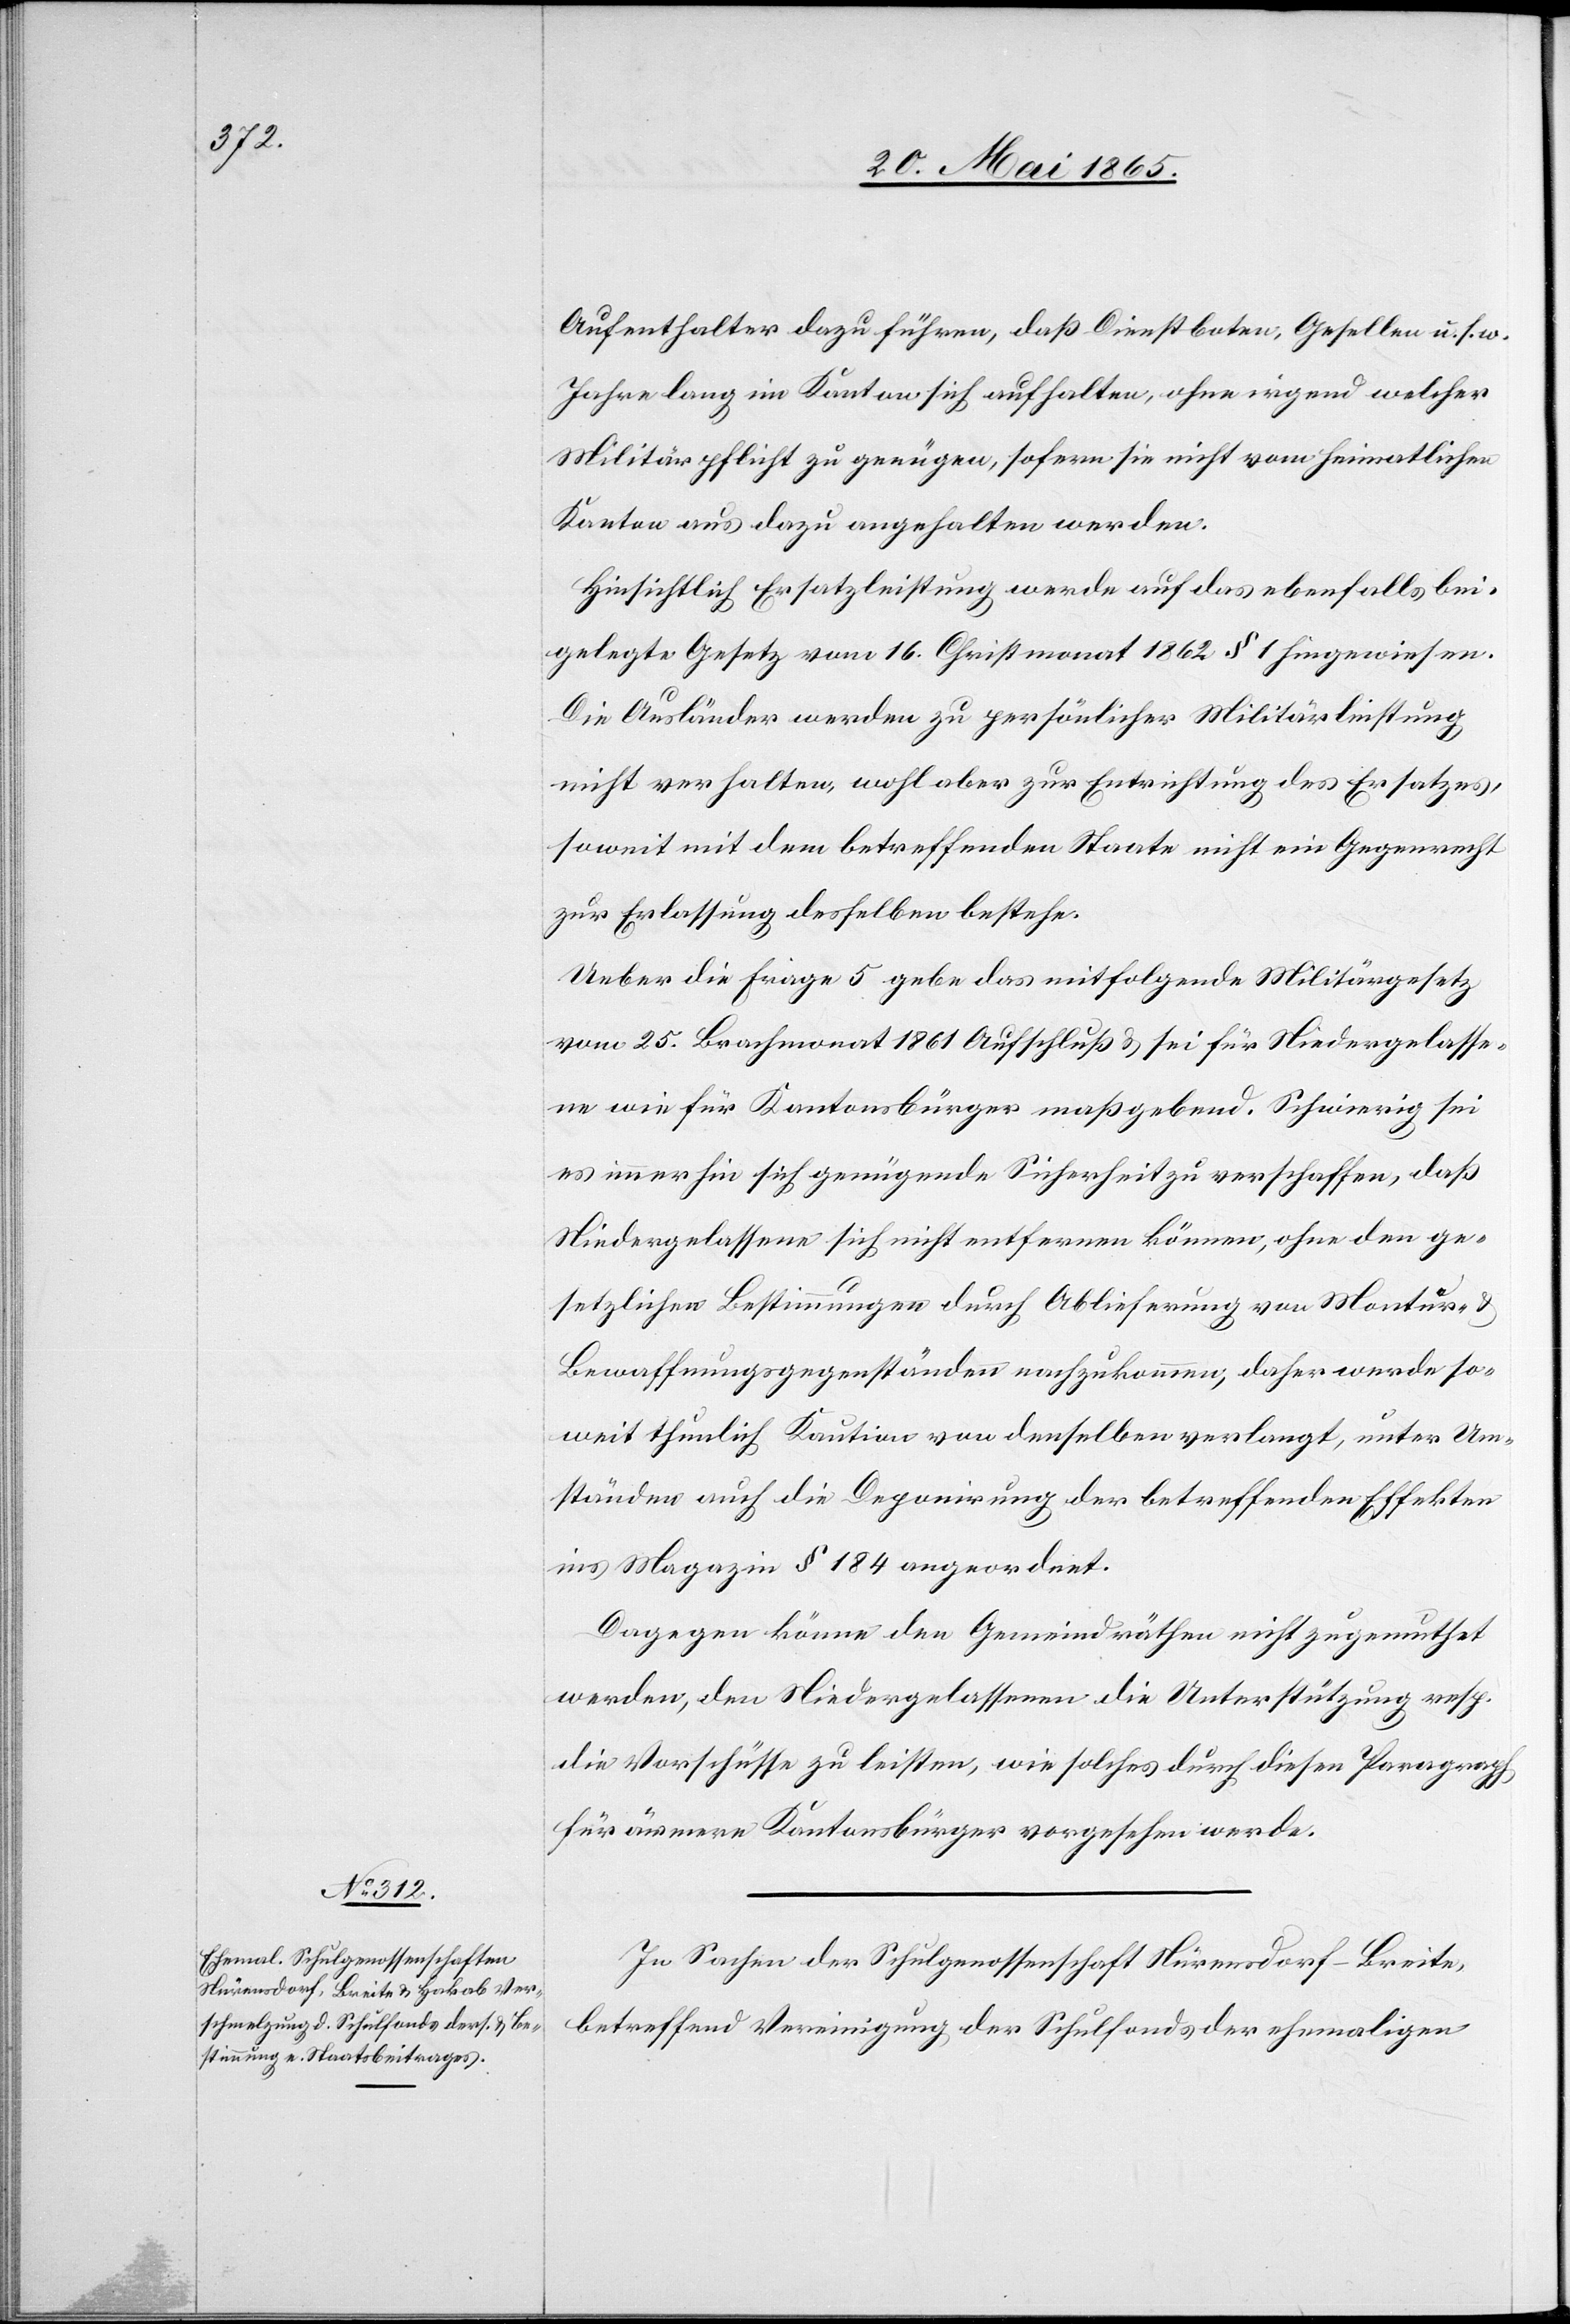
Aufenthalter dazu führen, daß Dienstboten, Gesellen u. s. w.
Jahre lang im Kanton sich aufhalten, ohne irgend welcher
Militärpflicht zu genügen, sofern sie nicht vom heimatlichen
Kanton aus dazu angehalten werden.
Hinsichtlich Ersatzleistung werde auf das ebenfalls bei¬
gelegte Gesetz vom 16. Christmonat 1862 § 1 hingewiesen.
Die Ausländer werden zu persönlicher Militärleistung
nicht verhalten, wohl aber zur Entrichtung des Ersatzes,
soweit mit dem betreffenden Staate nicht ein Gegenrecht
zur Erlassung desselben bestehe.
Ueber die Frage 5 gebe das mitfolgende Militärgesetz
vom 25. Brachmonat 1861 Aufschluß & sei für Niedergelasse¬
ne wie für Kantonsbürger maßgebend. Schwierig sei
es immerhin sich genügende Sicherheit zu verschaffen, daß
Niedergelassene sich nicht entfernen können, ohne den ge¬
setzlichen Bestimmungen durch Ablieferung von Montur-
Bewaffnungsgegenständen nachzukommen, daher werde so¬
weit thunlich Kaution von denselben verlangt, unter Um¬
ständen auch die Deponirung der betreffenden Effekten
ins Magazin § 184 angeordnet.
Dagegen könne den Gemeindräthen nicht zugemuthet
werden, den Niedergelassenen die Unterstützung resp.
die Vorschüsse zu leisten, wie solches durch diesen Paragraph
für ärmere Kantonsbürger vorgesehen werde.
In Sachen der Schulgenossenschaft Nürensdorf-Breite,
betreffend Vereinigung der Schulfonds der ehemaligen